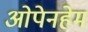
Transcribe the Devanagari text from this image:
ओपेनहेम